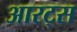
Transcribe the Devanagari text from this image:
आरट्स